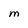
Character: M